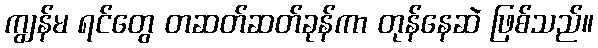
ကျွန်မ ရင်တွေ တဆတ်ဆတ်ခုန်ကာ တုန်နေဆဲ ဖြစ်သည်။